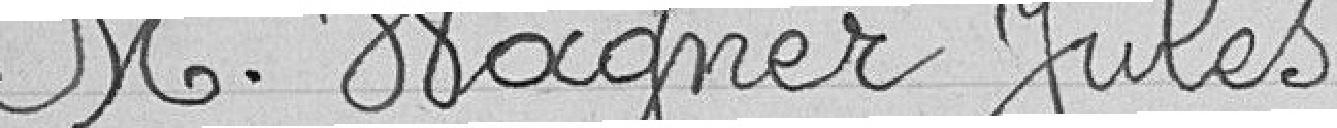
M. Wagner Jules,